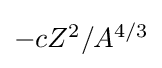
{\textstyle -cZ^{2}/A^{4/3}}